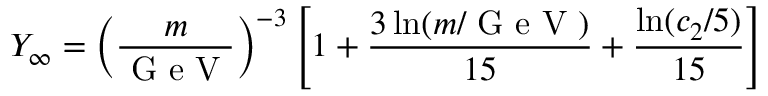
Y _ { \infty } = \left( \frac { m } { \textrm { G e V } } \right) ^ { - 3 } \left[ 1 + \frac { 3 \ln ( m / \textrm { G e V } ) } { 1 5 } + \frac { \ln ( c _ { 2 } / 5 ) } { 1 5 } \right]